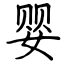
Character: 婴